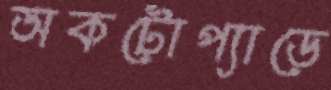
অকটোপ্যাডে